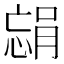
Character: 𫺴